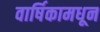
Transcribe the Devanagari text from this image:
वार्षिकामधून